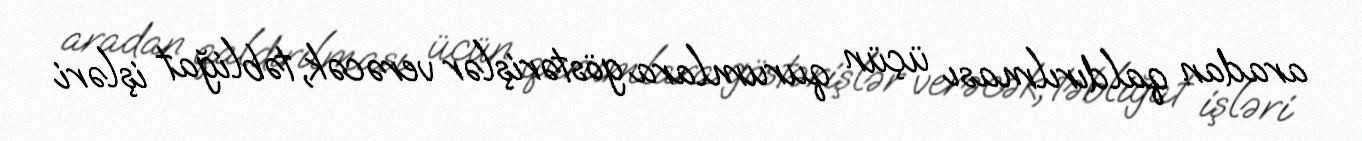
aradan qaldırılması üçün qurumlara göstərişlər verəcək, təbliğat işləri